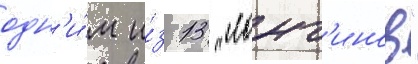
одн'и́м и́з 13 "лонг'инов"